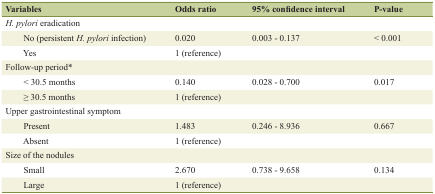
| Variables | Odds ratio | 95% confidence interval | P-value |
 | --- | --- | --- | --- |
 | H. pylori eradication |  |  |  |
 | No (persistent H. pylori infection) | 0.020 | 0.003 - 0.137 | < 0.001 |
 | Yes | 1 (reference) |  |  |
 | Follow-up period* |  |  |  |
 | < 30.5 months | 0.140 | 0.028 - 0.700 | 0.017 |
 | ≥ 30.5 months | 1 (reference) |  |  |
 | Upper gastrointestinal symptom |  |  |  |
 | Present | 1.483 | 0.246 - 8.936 | 0.667 |
 | Absent | 1 (reference) |  |  |
 | Size of the nodules |  |  |  |
 | Small | 2.670 | 0.738 - 9.658 | 0.134 |
 | Large | 1 (reference) |  |  |